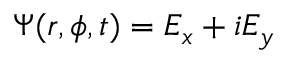
\Psi ( r , \phi , t ) = E _ { x } + i E _ { y }